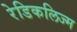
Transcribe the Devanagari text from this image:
रेडिकलिज्म